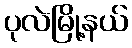
ပုလဲမြို့နယ်